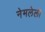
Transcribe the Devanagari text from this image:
नेमलेली